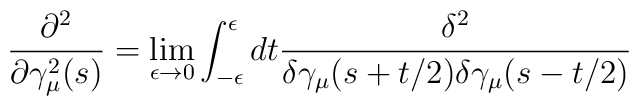
\frac{\partial ^2}{\partial \gamma _\mu ^2 (s)} = \lim_{\epsilon \rightarrow 0}\int_{-\epsilon }^{\epsilon }dt\frac{\delta ^2 }{\delta \gamma _\mu(s + t/2)\delta \gamma _\mu (s - t/2)}